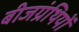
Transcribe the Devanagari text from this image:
बीजग्रंथियों